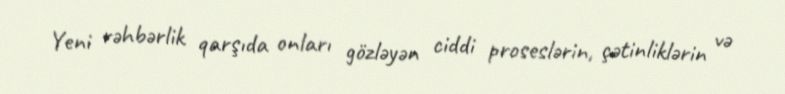
Yeni rəhbərlik qarşıda onları gözləyən ciddi proseslərin, çətinliklərin və